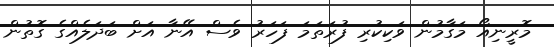
މޮރީނިއޯ މަގާމުން ވަކިކުރި ފުރަތަމަ ފަހަރު ވެސް އޭނާ އަށް ބަދަލެއްގެ ގޮތުން